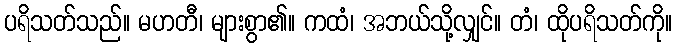
ပရိသတ်သည်။ မဟတီ၊ များစွာ၏။ ကထံ၊ အဘယ်သို့လျှင်။ တံ၊ ထိုပရိသတ်ကို။